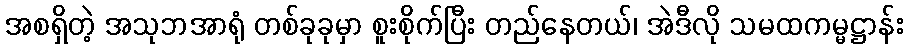
အစရှိတဲ့ အသုဘအာရုံ တစ်ခုခုမှာ စူးစိုက်ပြီး တည်နေတယ်၊ အဲဒီလို သမထကမ္မဋ္ဌာန်း